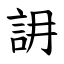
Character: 䛁